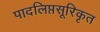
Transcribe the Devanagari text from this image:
पादलिप्तसूरिकृत